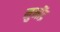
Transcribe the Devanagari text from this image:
मुनींद्र